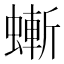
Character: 螹